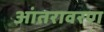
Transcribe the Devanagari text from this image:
आंतरावरण